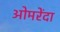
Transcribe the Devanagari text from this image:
ओमरेंदा